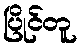
ပြိုင်တူ